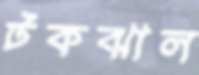
টকঝাল